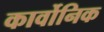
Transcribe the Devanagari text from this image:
कार्वोनिक